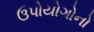
ઉપોયોગોનો